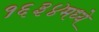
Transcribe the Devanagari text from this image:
१६३४मध्ये